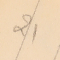
21